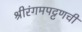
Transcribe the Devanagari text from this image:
श्रीरंगमपट्टणची